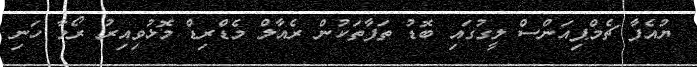
ޔުއެފާ ޗެމްޕިއަންސް ލީގުގައި ބޮޑު ތަފާތަކުން ރެއާލް މެޑްރިޑް މޮޅުވިއިރު ރޯމާ ހަނި